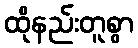
ထိုနည်းတူစွာ